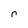
Character: r